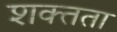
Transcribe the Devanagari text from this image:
शक्तता